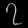
Digit: ၇